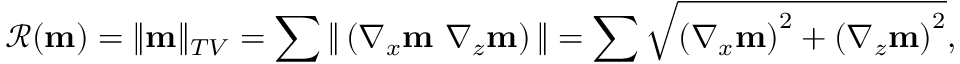
\mathcal { R } ( \mathbf { m } ) = \| \mathbf { m } \| _ { T V } = \sum \| \left( \nabla _ { x } \mathbf { m } ~ \nabla _ { z } \mathbf { m } \right) \| = \sum \sqrt { \left( \nabla _ { x } \mathbf { m } \right) ^ { 2 } + \left( \nabla _ { z } \mathbf { m } \right) ^ { 2 } } ,